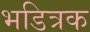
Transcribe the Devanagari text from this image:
भडित्रक